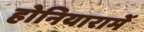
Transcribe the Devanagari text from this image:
होनियारामें